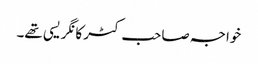
خواجہ صاحب کٹر کانگریسی تھے۔